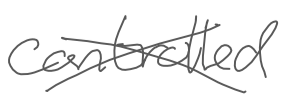
Text: controlled
Cross-out: cross
Writing tool: digital_gray